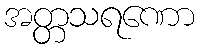
အတ္တသရဏော